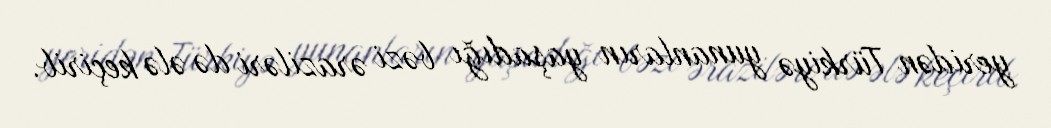
yeridən Türkiyə yunanların yaşadığı bəzi əraziləri də ələ keçirib.